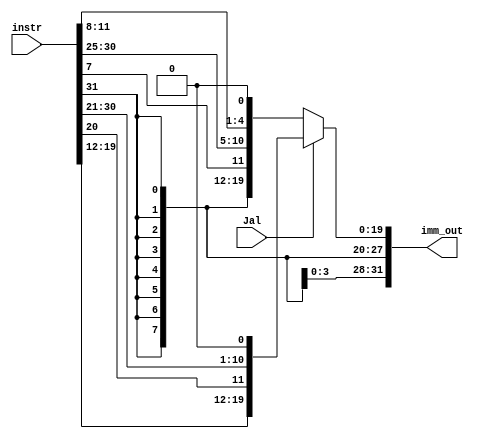
module IMM_HANDLER(
    output reg [31:0] imm_out,
    input wire Jal,
    input wire[31:0] instr
    );
    
    always @(*) begin
    // For j-type
        if (Jal) begin
            // 13 bits
            imm_out = {{12{instr[31]}}, instr[31], instr[19:12], instr[20], instr[30:21], 1'b0};
            // $display("Imm_out_JAL:%d", imm_out);
        end
        else begin
            // 21 bits
            // imm_out = {{19{instr[24]}}, instr[24], instr[12:5], instr[13], instr[23:14], 1'b0};
            // Branch
            imm_out = {{19{instr[31]}}, instr[31], instr[7], instr[30:25], instr[11:8], 1'b0};
            // $display("Imm_out_B:%d", imm_out);
        end
    end
endmodule